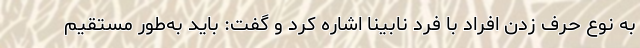
به نوع حرف زدن افراد با فرد نابینا اشاره کرد و گفت: باید به‌طور مستقیم